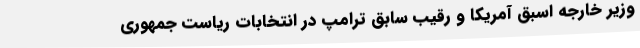
وزیر خارجه اسبق آمریکا و رقیب سابق ترامپ در انتخابات ریاست جمهوری